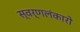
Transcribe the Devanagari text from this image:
स्वर्णलंकारो